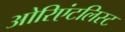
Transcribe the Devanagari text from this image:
ओरिएंटलिस्ट